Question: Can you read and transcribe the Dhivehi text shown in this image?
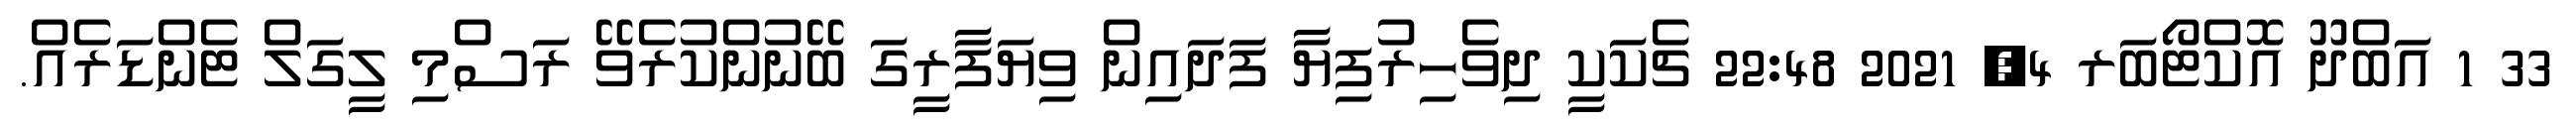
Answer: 33 1 އަބްދޫ އޮކްޓޯބަރ 4, 2021 22:48 ޗެކަކީ ދިވެހިރުފިޔާ ފަދައިން ވިޔަފާރީގަ ބޭނުންކުރެވޭ ރަސްމި ލީގަލް ޓެންޑަރެއް.